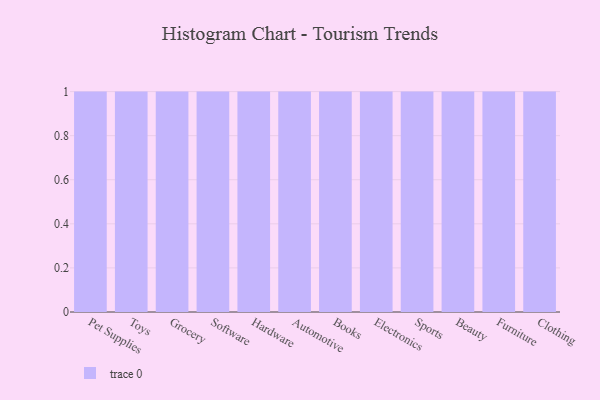
{"axis": {"x": "Category", "y": "Net Income (USD K)"}, "legend": [""], "data": [{"x": "Pet Supplies", "y": 16, "type": ""}, {"x": "Toys", "y": 85, "type": ""}, {"x": "Grocery", "y": 4, "type": ""}, {"x": "Software", "y": 8, "type": ""}, {"x": "Hardware", "y": 4, "type": ""}, {"x": "Automotive", "y": 9, "type": ""}, {"x": "Books", "y": 14, "type": ""}, {"x": "Electronics", "y": 77, "type": ""}, {"x": "Sports", "y": 63, "type": ""}, {"x": "Beauty", "y": 27, "type": ""}, {"x": "Furniture", "y": 21, "type": ""}, {"x": "Clothing", "y": 44, "type": ""}]}